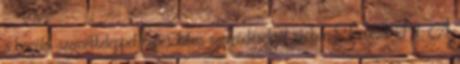
a bagolai szemétteleppel kapcsolatos szerződésekről szóban Törőcsik Pál: A